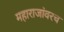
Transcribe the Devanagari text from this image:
महाराजांवरच